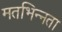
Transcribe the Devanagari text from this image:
मतभिन्‍नता